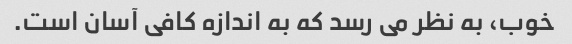
خوب، به نظر می رسد که به اندازه کافی آسان است.